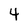
Character: 4